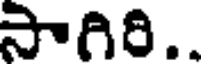
సాగిరి..